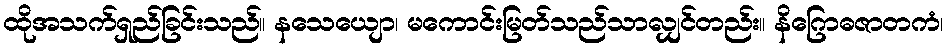
ထိုအသက်ရှည်ခြင်းသည်။ နသေယျော၊ မကောင်းမြတ်သည်သာလျှင်တည်း။ နိဂြောဓဇာတကံ၊